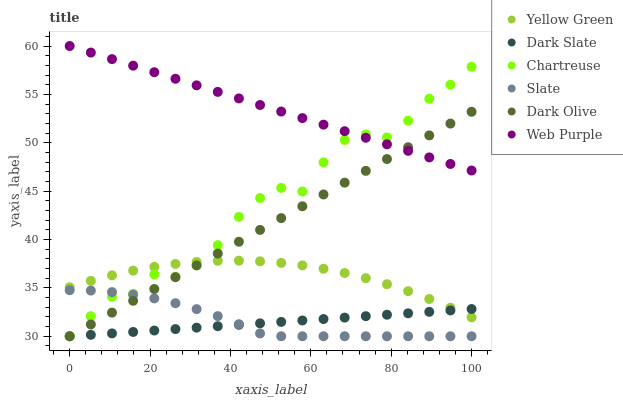
| xaxis_label | Yellow Green | Dark Slate | Chartreuse | Slate | Dark Olive | Web Purple |
 | --- | --- | --- | --- | --- | --- | --- |
 | 0 | 35.1 | 30 | 30 | 34.8 | 30 | 60 |
 | 5.26 | 35.7 | 30.1 | 32.1 | 34.7 | 31.2 | 59.3 |
 | 10.5 | 36.3 | 30.3 | 34.1 | 34.6 | 32.4 | 58.6 |
 | 15.8 | 36.8 | 30.4 | 34.4 | 34.3 | 33.7 | 58 |
 | 21.1 | 37.2 | 30.6 | 36.4 | 33.9 | 34.9 | 57.3 |
 | 26.3 | 37.5 | 30.7 | 36.1 | 33.4 | 36.1 | 56.6 |
 | 31.6 | 37.7 | 30.9 | 37.3 | 32.8 | 37.3 | 55.9 |
 | 36.8 | 37.8 | 31 | 39.4 | 32.1 | 38.5 | 55.3 |
 | 42.1 | 37.8 | 31.2 | 42.3 | 31.2 | 39.8 | 54.6 |
 | 47.4 | 37.7 | 31.3 | 44.3 | 30.3 | 41 | 53.9 |
 | 52.6 | 37.6 | 31.5 | 45.3 | 30 | 42.2 | 53.2 |
 | 57.9 | 37.3 | 31.6 | 45 | 30 | 43.4 | 52.5 |
 | 63.2 | 37 | 31.8 | 48 | 30 | 44.7 | 51.9 |
 | 68.4 | 36.5 | 31.9 | 50.3 | 30 | 45.9 | 51.2 |
 | 73.7 | 36 | 32.1 | 50.9 | 30 | 47.1 | 50.5 |
 | 78.9 | 35.4 | 32.2 | 50.5 | 30 | 48.3 | 49.8 |
 | 84.2 | 34.7 | 32.4 | 52.3 | 30 | 49.5 | 49.2 |
 | 89.5 | 33.9 | 32.5 | 54.6 | 30 | 50.8 | 48.5 |
 | 94.7 | 32.9 | 32.7 | 56 | 30 | 52 | 47.8 |
 | 100 | 32 | 32.8 | 57.9 | 30 | 53.2 | 47.1 |